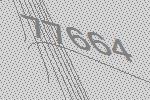
77664